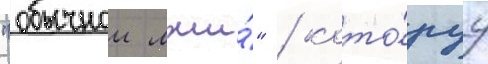
"обычнои лжи́" / кото́руу